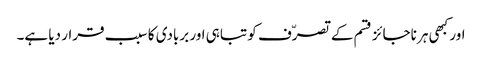
اور کبھی ہر ناجائز قسم کے تصرّف کو تباہی اور بربادی کا سبب قرار دیا ہے۔